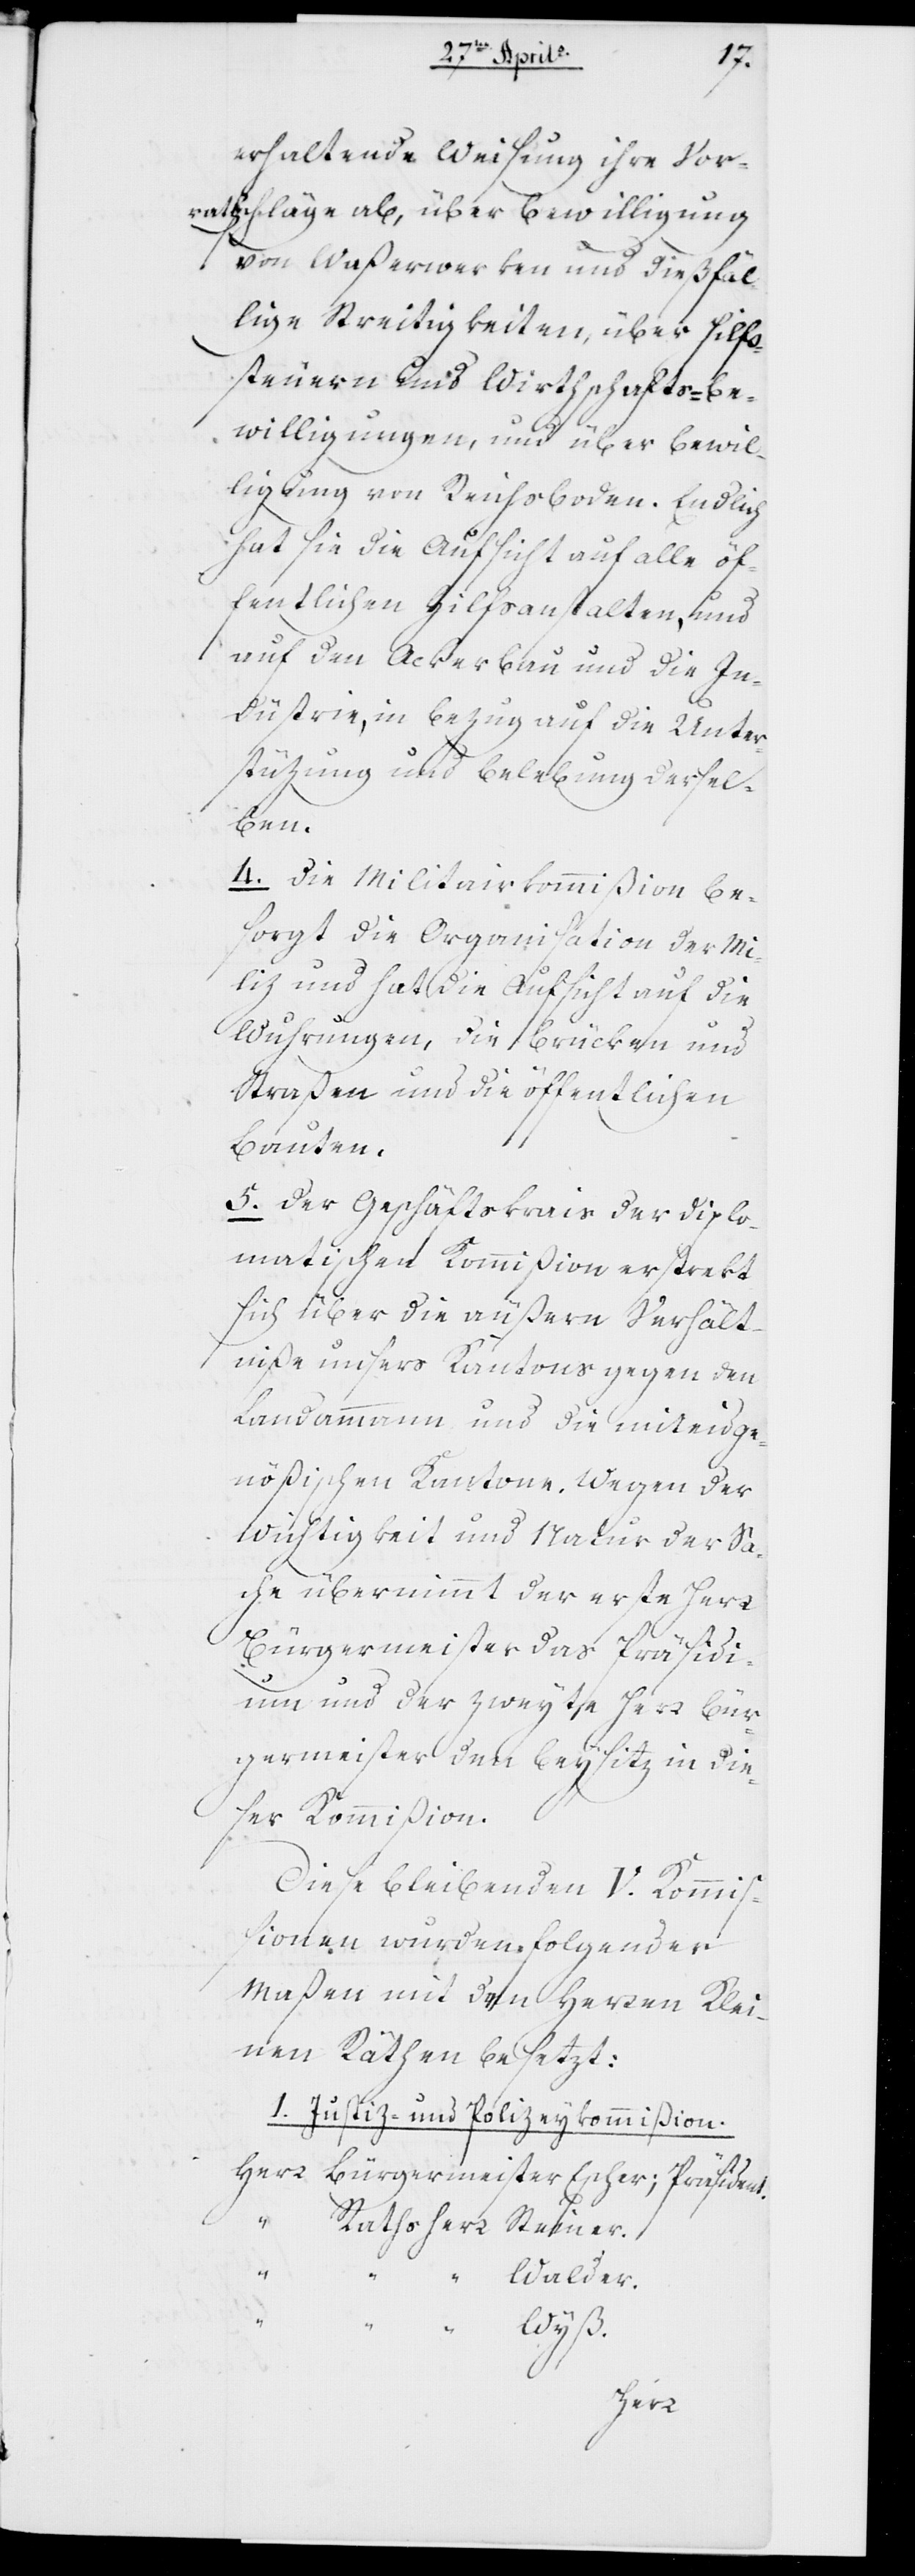
die¬
erhaltende Weisung ihre Vor¬
rathschläge ab, über Bewilligung
von Waßerwerken und dießfäl¬
lige Streitigkeiten, über Hilfs¬
steuern und Wirthschafts-Be¬
willigungen und über Bewil¬
ligung von Reichsboden. Endlich
hat sie die Aufsicht auf alle öf¬
fentlichen Hilfsanstalten, und
auf den Ackerbau und die In¬
dustrie, in Bezug auf die Unter¬
stützung und Belebung dersel¬
ben.
4. Die Militairkommißion be¬
sorgt die Organisation der Mi¬
liz und hat die Aufsicht auf die
Wuhrungen, die Brücken und
Straßen und die öffentlichen
Bauten.
5. Der Geschäftskrais der diplo¬
matischen Kommißion erstreckt
sich über die äußern Verhält¬
niße unseres Kantons gegen den
Landammann und die miteidge¬
nößischen Kantone. Wegen der
Wichtigkeit und Natur der Sa¬
che übernimmt der erste Herr
Bürgermeister das Präsi¬
ser Kommißion.
Diese bleibenden fünf Kommißi¬
onen wurden folgender¬
maßen mit den Herren Klei¬
nen Räthen besetzt:
1. Justiz- und Polizeykommißion.
Herr Bürgermeister	Escher; Präsident.
r Rathsherr	Steiner.
„	Walder.
„	Wyß.
Her¬